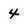
Character: 4